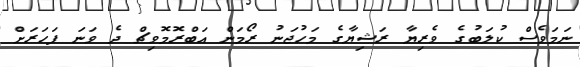
ނަމަވެސް ކުލަބުގެ ވެރިޔާ ރަޝިޔާގެ މަހުޖަނު ރޯމަން އަބްރޮމޮވިޗް ދެ ވަނަ ފަހަރަށް